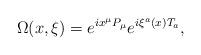
LaTeX: \begin{align*}\Omega(x,\xi)=e^{i x^\mu P_\mu} e^{i\xi^a(x) T_a},\end{align*}